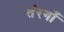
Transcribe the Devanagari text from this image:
तंरगोँ